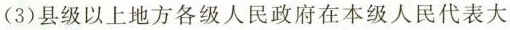
(3)县级以上地方各级人民政府在本级人民代表大